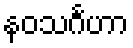
နဝသင်္ဂဟာ